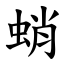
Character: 蛸